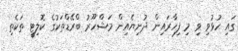
ގައި ހުޅުވި ވި މި ފިހާރައިން ދުނިޔެއިން މަޝްހޫރު ބްރޭޑްތަކުގެ ކޮލިޓީ ތަކެތި